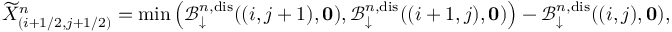
\widetilde { X } _ { ( i + 1 / 2 , j + 1 / 2 ) } ^ { n } = \operatorname* { m i n } \left( \mathcal { B } _ { \downarrow } ^ { n , \mathrm { d i s } } ( ( i , j + 1 ) , \mathbf { 0 } ) , \mathcal { B } _ { \downarrow } ^ { n , \mathrm { d i s } } ( ( i + 1 , j ) , \mathbf { 0 } ) \right) - \mathcal { B } _ { \downarrow } ^ { n , \mathrm { d i s } } ( ( i , j ) , \mathbf { 0 } ) ,